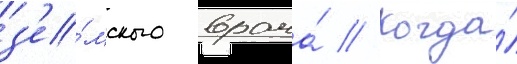
з'е́мского врача́ // Когда́